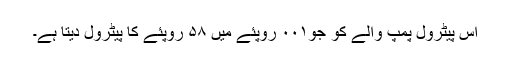
اس پیٹرول پمپ والے کو جو۰۰۱ روپئے میں ۵۸ روپئے کا پیٹرول دیتا ہے۔